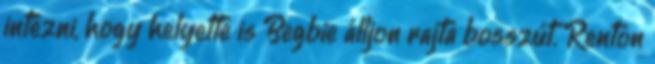
intézni, hogy helyette is Begbie álljon rajta bosszút. Renton